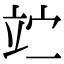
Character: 𥩟